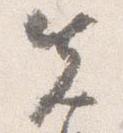
先